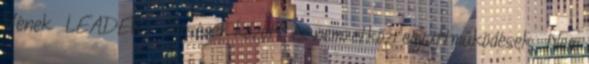
Vének ▪LEADER - Térségek közötti és nemzetközi együttműködések ▪Nem